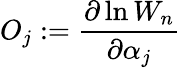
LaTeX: O_{j}:=\frac{\partial\ln W_{n}}{\partial\alpha_{j}}